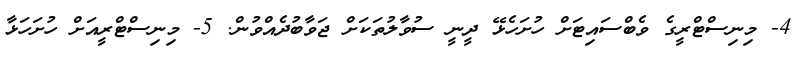
4- މިނިސްޓްރީގެ ވެބްސައިޓަށް ހުށަހެޅޭ ދީނީ ސުވާލުތަކަށް ޖަވާބުދެއްވުން. 5- މިނިސްޓްރީއަށް ހުށަހަޅާ